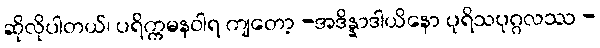
ဆိုလိုပါတယ်၊ ပရိက္ကမနဝါရ ကျတော့ -အဒိန္နာဒါယိနော ပုရိသပုဂ္ဂလဿ -